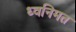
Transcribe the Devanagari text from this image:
ध्वनिमत